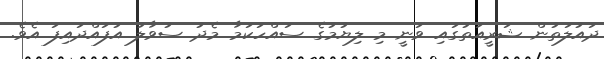
ދައުލަތުން ޝަރީއަތުގައި ވަނީ މި ލިޔުމުގެ ސައްހަކަމާ މެދު ސުވާލު އުފައްދައިފަ އެވެ.